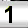
Digit: 1